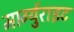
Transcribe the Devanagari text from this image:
मार्ग्युराइट